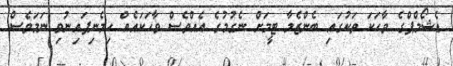
ޑެޝޯމްޕްގެ ވާހަކަ ތަކުގައި ބެންޒެމާ ޓީމަށް ނެގުމުގެ އެއްވެސް ވާހަކައެއް ހިމެނިފައިނުވި ނަމަވެސް